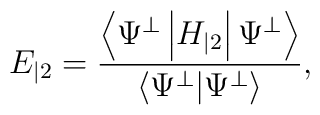
E_{|2}=\frac{\left\langle \Psi ^{\perp }\left| H_{|2}\right| \Psi ^{\perp}\right\rangle }{\left\langle \Psi ^{\perp }|\Psi ^{\perp }\right\rangle },